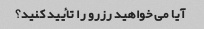
آیا می خواهید رزرو را تأیید کنید؟